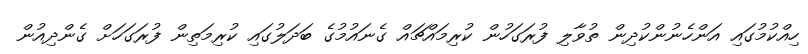
ހިއްކުމުގައި އަންހެނުންކުދިން ތުވާލި ފުރަގަހުން ކުރިމައްޗައް ގެނައުމުގެ ބަދަލުގައި ކުރިމަތިން ފުރަގަހަށް ގެންދިއުން